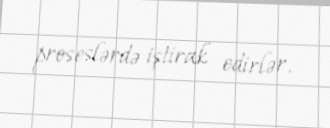
proseslərdə iştirak edirlər.